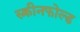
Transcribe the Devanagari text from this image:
स्क्रीनफोल्ड